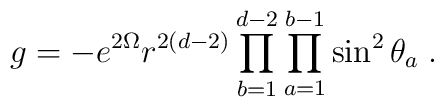
g =-e^{2\Omega}r^{2(d-2)}\prod_{b=1}^{d-2}\prod_{a=1}^{b-1}\sin^2\theta_a \;.